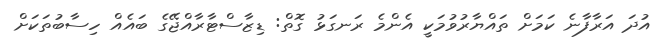
އުދަ އަރާފާނެ ކަމަށް ތައްޔާރުވުމަކީ އެންމެ ރަނގަޅު ގޮތް: ޑިޒާސްޓާރާއްޖޭގެ ބައެއް ހިސާބުތަކަށް